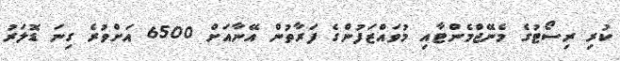
ކުރި ރިސޯޓުގެ މެނޭޖްމެންޓާއި މުވައްޒަފުންގެ ފަރާތުން އޭނާއަށް 6500 އަށްވުރެ ގިނަ ޑޮލަރު